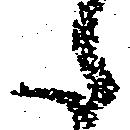
た